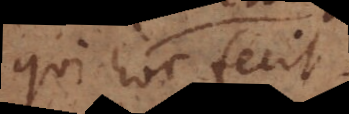
qui hoc fecit.